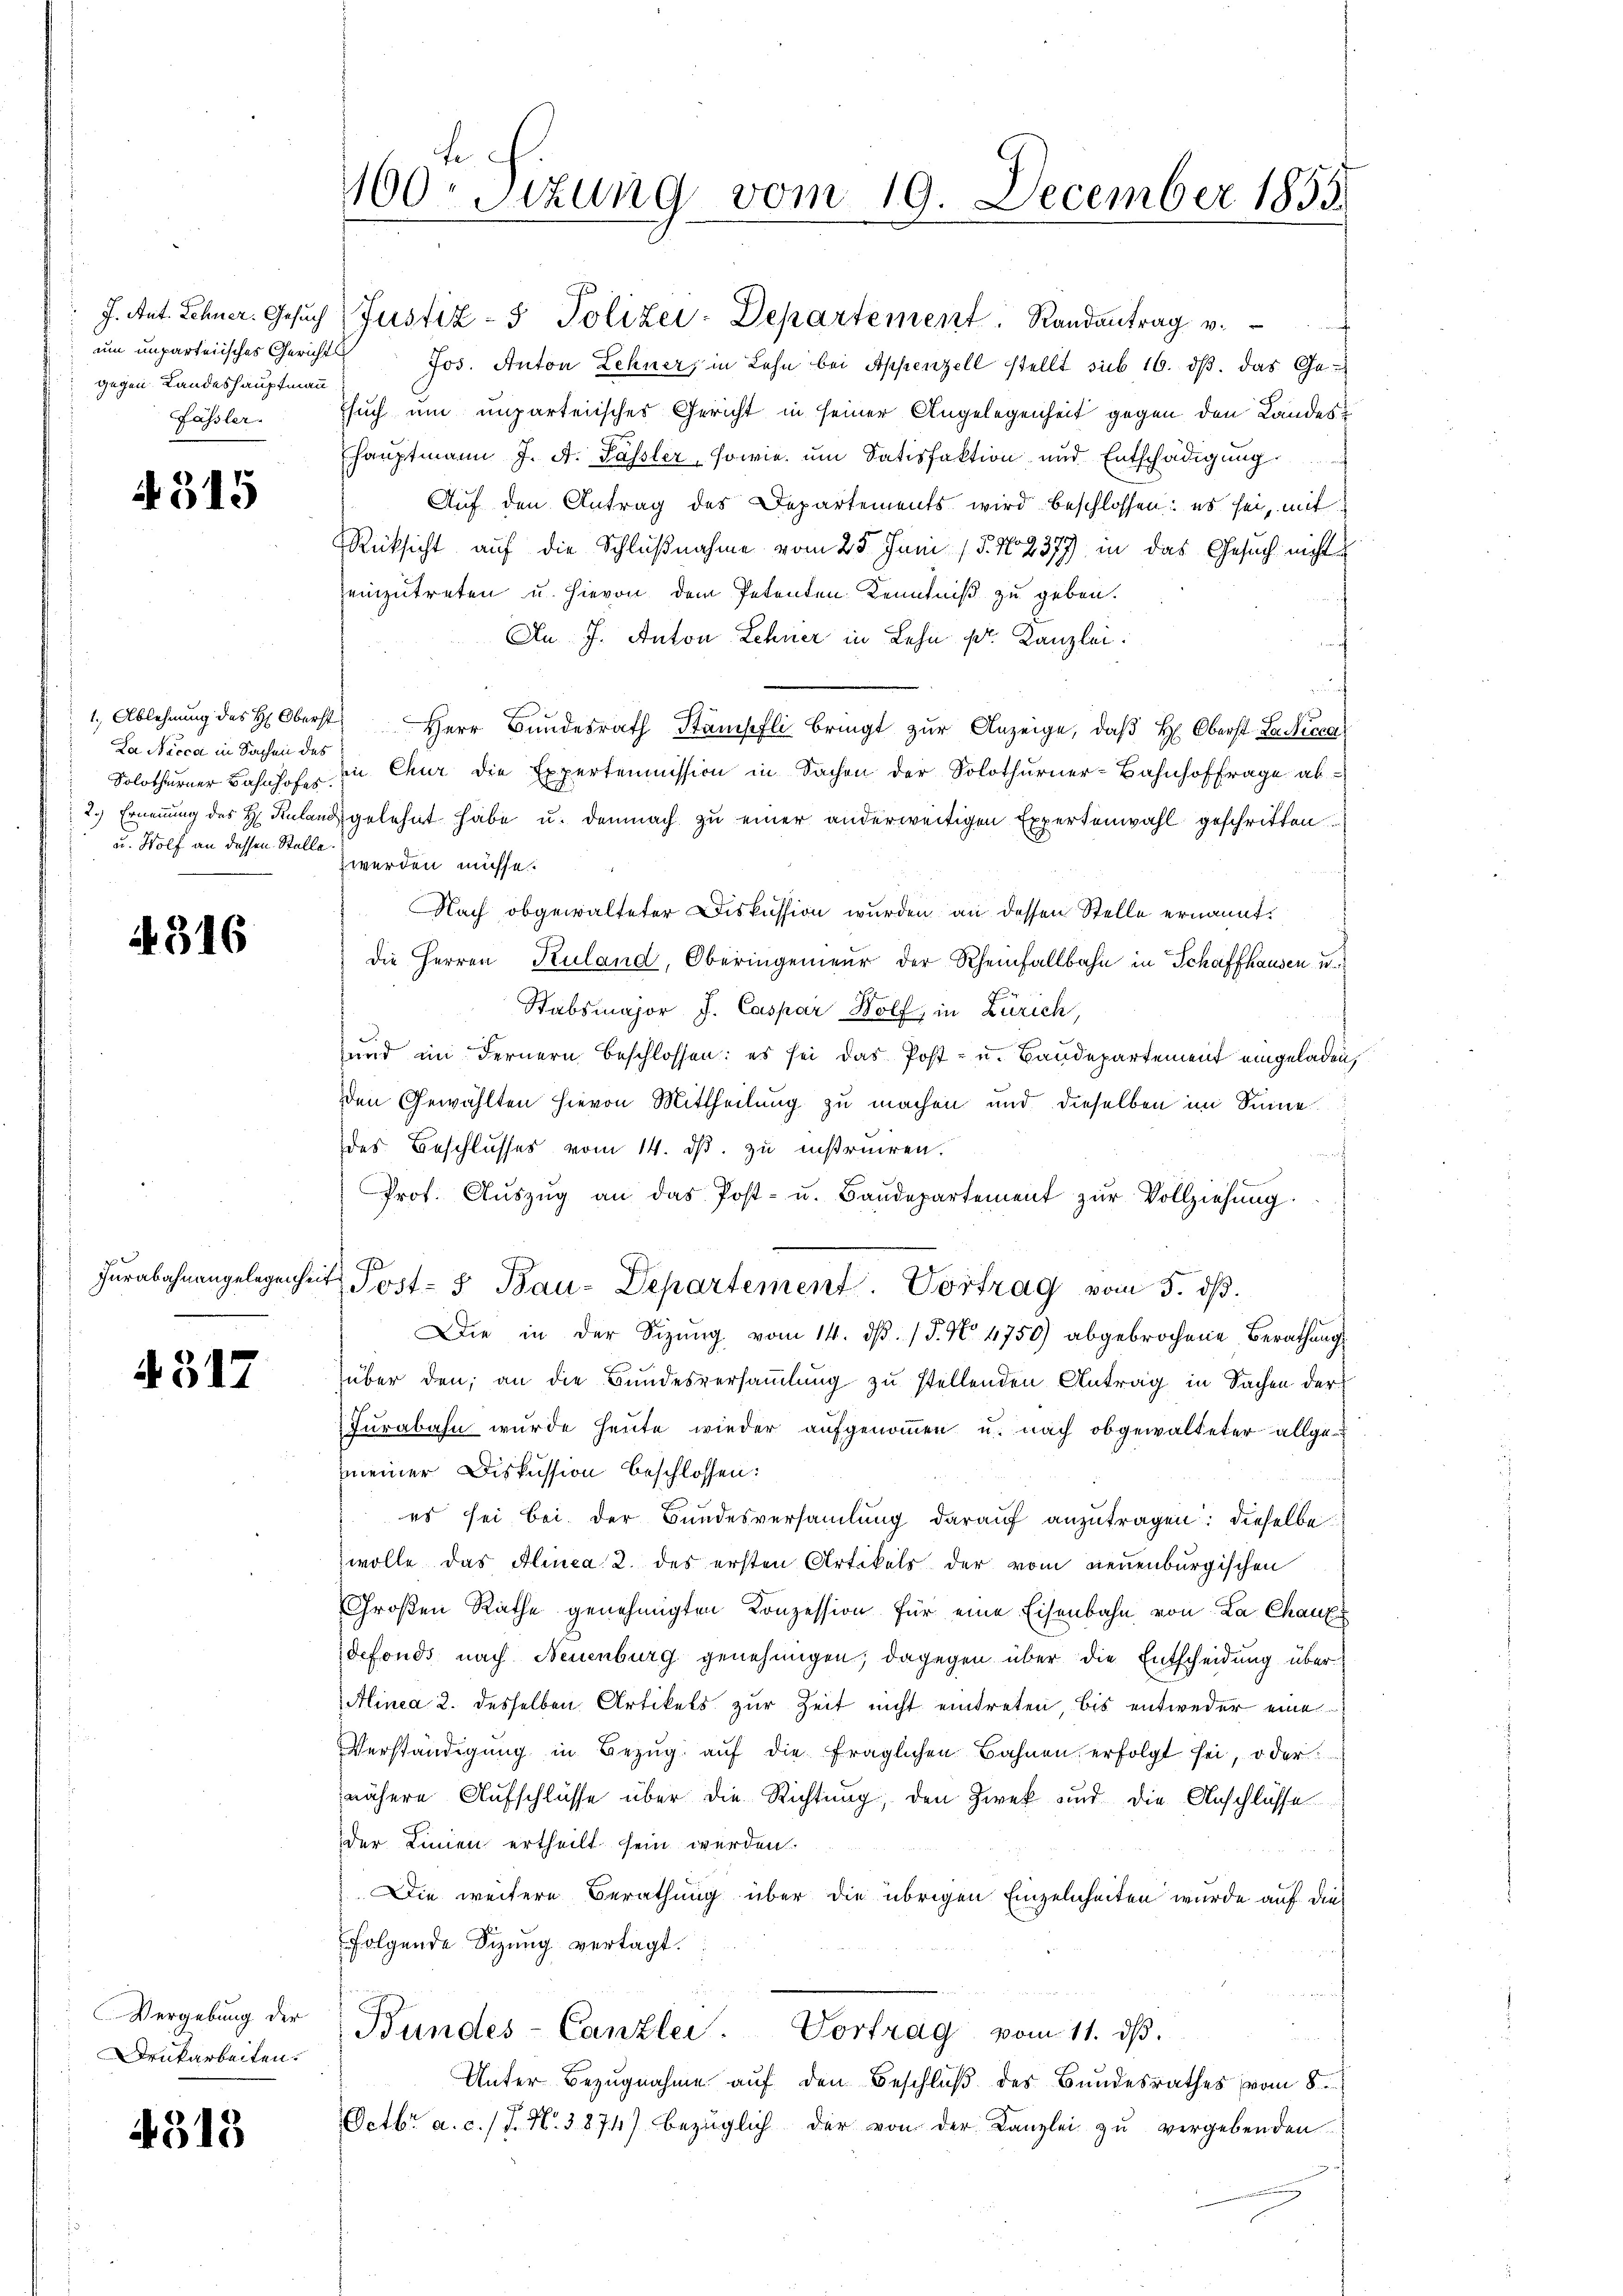
um unparteiisches Gerichts
gegen Landeshauptmann
Gässler.

4515

La Nicca in Sachen des
u. Wolf an dassen Stelle.

A 316

Furabahnangelegenheit

A 317

Vergebung der
Drukarbeiten.

4318

160. Sizung vom 19. December 1855.

J. Ant. Sehner. Gesŭch Justiz- & Polizei-Departement. Randantrag v.
Jos. Anton Lehner, in Lehn bei Appenzell stellt sub 16. ds. das Ge¬
Esuch um unparteiisches Gericht in seiner Angelegenheit gegen den Landes¬
Ehauptmann J. A. Passler, sowie um Satisfaktion und Entschädigung
Auf den Antrag des Departements wird beschlossen: es sei, mit
Rücksicht auf die Schlußnahme vom 25. Juni 15. No 2377) in das Gesuch nicht
einzutreten u. hievon dem Petenten Kenntniß zu geben.
An J. Anton Lehner in Lehn pr. Kanzlei.
1. Ablehnŭng des H: Oberst Herr Bundesrath Stampfli bringt zur Anzeige, daß H: Oberst Lang
Solothurner Bahnhofe in Chur die Expertemmission in Sachen der Solothurner-Bahnhoffrage ab¬
2.) Ernennung des H. Relangelehnt habe u. demnach zu einer anderweitigen Expertenwahl geschritten
z werden müsse.
Nach obgewalteter Diskussion wurden an dessen Stelle ernannt.
die Herren Kuland, Oberingenieur der Rheinfallbahn in Schaffhausen u.
Stabsmajor J. Caspar Bolf, in Zürich,
und im Fernern beschlossen: es sei das Post- u. Baudepartement eingeladen,
den Gewählten hievon Mittheilung zu machen und dieselben im Sinne
des Beschlusses vom 14. ds. zu instruiren.
Prof. Aŭszŭg an das Post- u. Baŭdepartement zŭr Vollziehŭng
J
t Jost- & Bau-Departement. Vortrag vom 5. dß.
Die in der Sitzŭng vom 14. dβ. / 5. No. 4750) abgebrochene Berathungs
über den an die Bundesversammlung zu stellenden Antrag in Sachen der
Furabahn wurde heute wieder aufgenoṁen u. nach obgewalteter allge-
mmeiner Diskussion beschlossen:
es sei bei der Bundesversamlung darauf anzutragen: dieselbe
wolle das Alinea 2. des ersten Artikels der vom neuenburgischen
Großen Rathe genehmigten Konzession für eine Eisenbahn von La Chaux
defonds nach Neuenburg genehmigen; dagegen über die Entscheidung über
Alinea 2. desselben Artikels zur Zeit nicht eintreten, bis entweder eine
Verständigŭng in Bezŭg aŭf die fraglichen Bahnen erfolgt sei, oder
nähere Aufschlüsse über die Richtung, den Zweck und die Anschlüsse
der Linien ertheilt sein werden.
Die weitere Berathung über die übrigen Einzelnheiten wurde auf die
folgende Sitzung vertagt.
Bundes-Canzlei. Vortrag vom 11. ds.
Unter Bezugnahme auf den Beschluß des Bundesrathes vom 8.
Octbr. a. c. / J. N. 3874) bezüglich der von der Kanzlei zu vergebenden